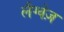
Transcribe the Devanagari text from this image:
लैग्वेज़